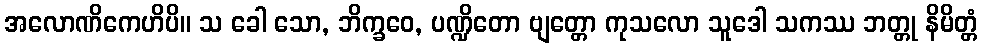
အလောဏိကေဟိပိ။ သ ခေါ သော, ဘိက္ခဝေ, ပဏ္ဍိတော ဗျတ္တော ကုသလော သူဒေါ သကဿ ဘတ္တု နိမိတ္တံ